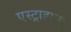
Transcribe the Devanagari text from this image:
एस्ट्राडाला